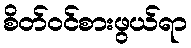
စိတ်ဝင်စားဖွယ်ရာ